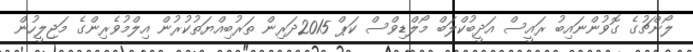
ލޯންޗުގެ ގޮވުންނައިބު ރައީސް އަދީބުކްލަބް މޯލްޑިވްސް ކަޕް 2015ދަރިން ތަރުބިއްޔަތުކުރުން އިލްމުވެރިންގެ މަޖިލީހުން